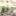
لو